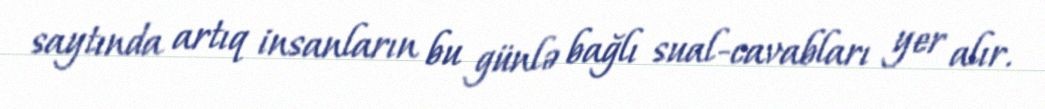
saytında artıq insanların bu günlə bağlı sual-cavabları yer alır.